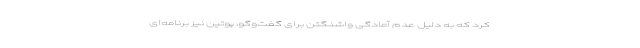
کرد که به دلیل عدم آمادگی واشنگتن برای گفت‌وگو، پوتین نیز برنامه‌ای